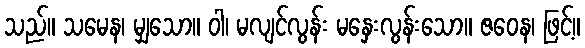
သည်။ သမေန၊ မျှသော။ ဝါ၊ မလျင်လွန်း မနှေးလွန်းသော။ ဇဝေန၊ ဖြင့်။